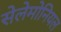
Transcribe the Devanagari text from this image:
सेलेमोनियल